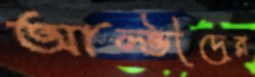
আল্ভীদের